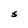
Character: S